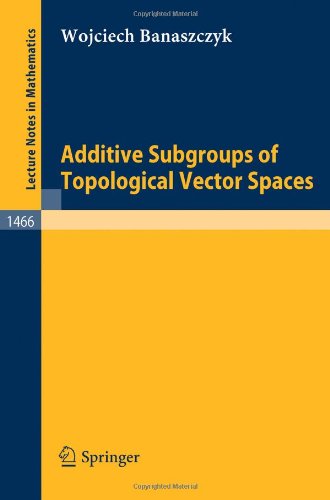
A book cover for Additive Subgroups of Topological Vector Spaces (Lecture Notes in Mathematics); Wojciech Banaszczyk; Science & Math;